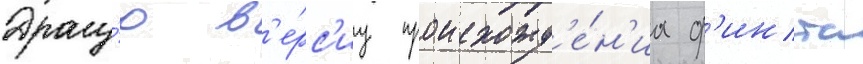
Другу́ю в'е́рс'иу происхожд'е́н'иа ф'инта